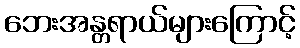
ဘေးအန္တရာယ်များကြောင့်